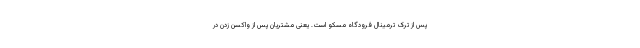
پس از ترک ترمینال فرودگاه مسکو است. یعنی مشتریان پس از واکسن زدن در